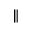
\Vert